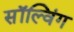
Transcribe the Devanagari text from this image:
सॉल्विंग